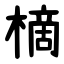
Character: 樀